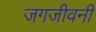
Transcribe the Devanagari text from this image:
जगजीवनी